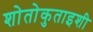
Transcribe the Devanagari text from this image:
शोतोकुताइशी